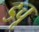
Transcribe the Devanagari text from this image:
डचू